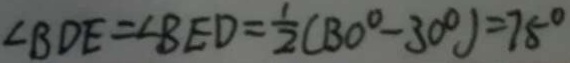
\angle B D E = \angle B E D = \frac { 1 } { 2 } ( B 0 ^ { \circ } - 3 0 ^ { \circ } ) = 7 5 ^ { \circ }